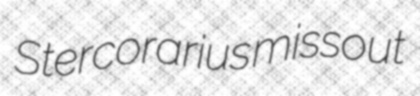
Stercorarius missout